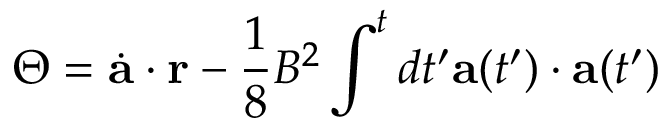
\Theta = \dot { \bf a } \cdot { \bf r } - { \frac { 1 } { 8 } } B ^ { 2 } \int ^ { t } d t ^ { \prime } { \bf a } ( t ^ { \prime } ) \cdot { \bf a } ( t ^ { \prime } )